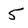
Character: 5